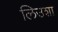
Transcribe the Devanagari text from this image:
लिउशा